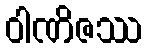
ဝါဏိဇဿ